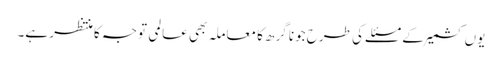
یوں کشمیر کے مسئلے کی طرح جونا گرھ کا معاملہ بھی عالمی توجہ کا منتظر ہے۔